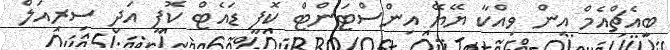
ބީއެޗްއެމް އިން ވިއްކާ ޔޭޔޭ އިންސްޓަންޓް ކޮފީ ޑައެޓް ކޮފީ އަދި ސިރިއަލް